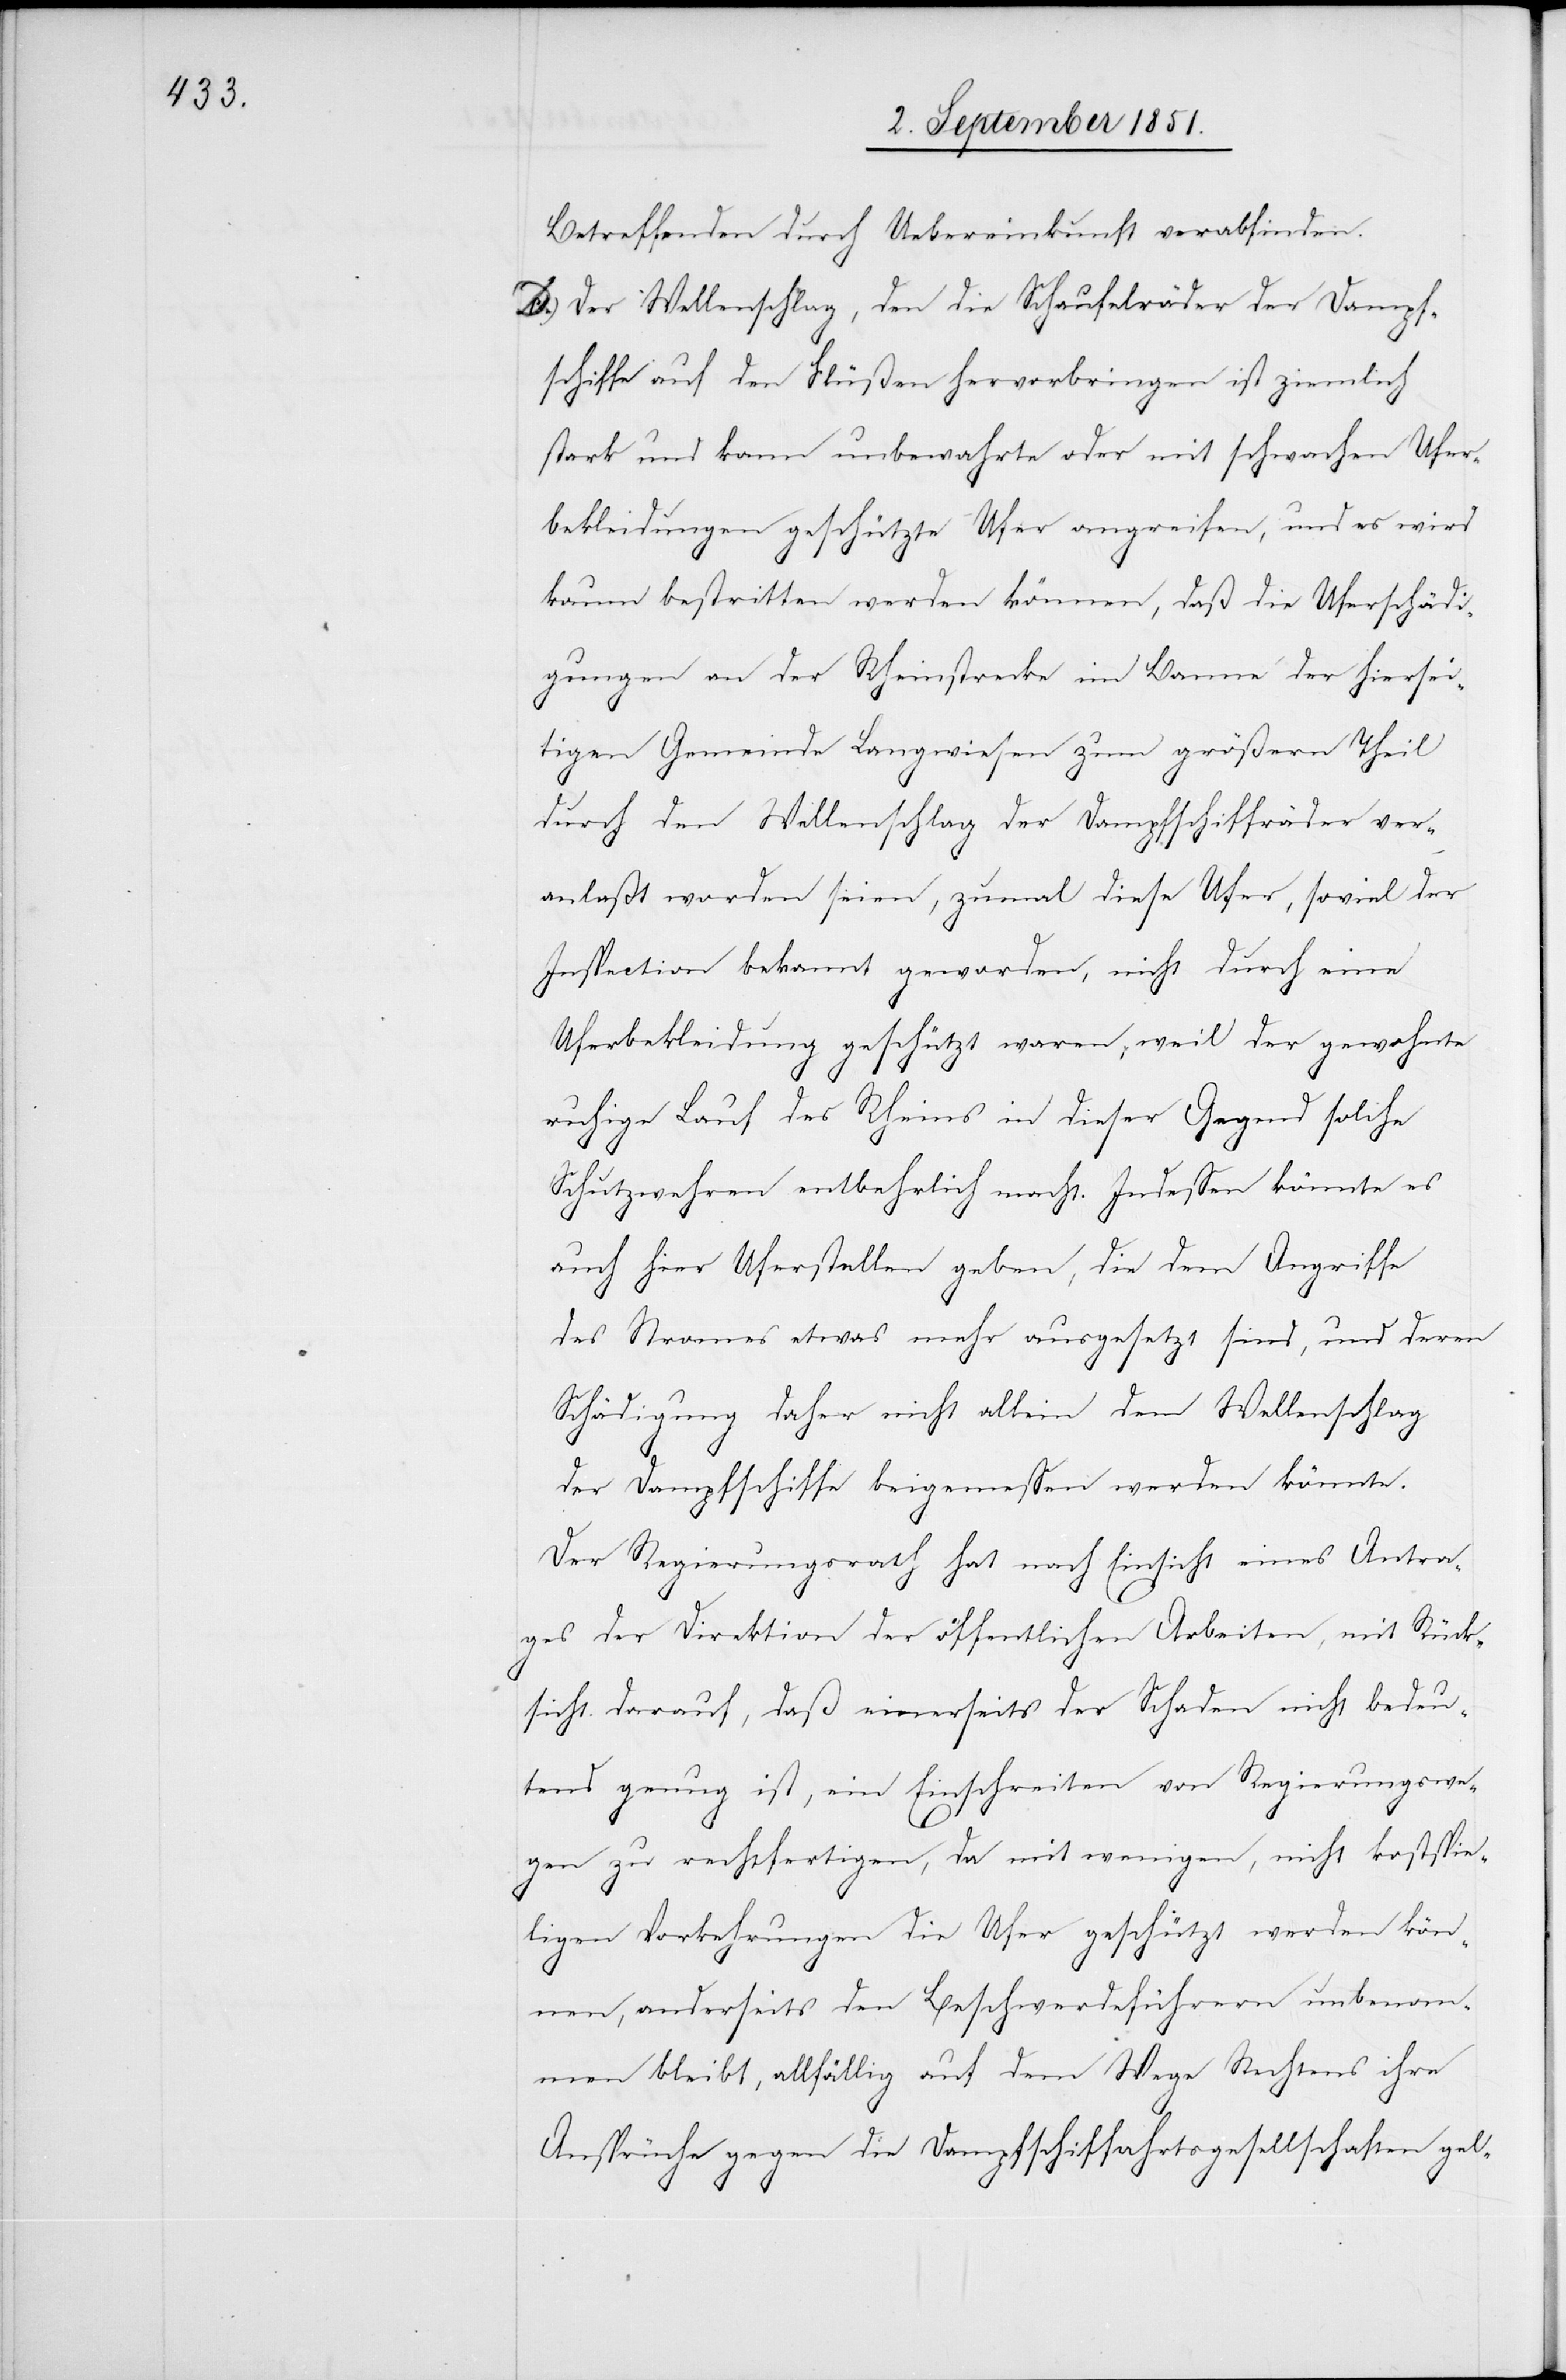
Betreffenden durch Uebereinkunft verabfinden.
D.) Der Wellenschlag, den die Schaufelräder der Dampf¬
schiffe auf den Flüßen hervorbringen ist ziemlich
stark und kann unbewahrte oder mit schwachen Ufer¬
bekleidungen geschützte Ufer angreifen, und es wird
kaum bestritten werden können, daß die Uferschädi¬
gungen an der Rheinstrecke im Banne der hiersei¬
tigen Gemeinde Langwiesen zum größern Theil
durch den Wellenschlag der Dampfschiffräder ver¬
anlaßt worden seien, zumal diese Ufer, soviel der
Inspection bekannt geworden, nicht durch eine
Uferbekleidung geschützt waren, weil der gewohnte
ruhige Lauf des Rheins in dieser Gegend solche
Schutzwehren entbehrlich macht. Indessen könnte es
auch hier Uferstellen geben, die dem Angriffe
des Stromes etwas mehr ausgesetzt sind, und deren
Schädigung daher nicht allein dem Wellenschlag
der Dampfschiffe beigemessen werden könnte.
Der Regierungsrath hat nach Einsicht eines Antra¬
ges der Direktion der öffentlichen Arbeiten, mit Rück¬
sicht darauf, daß einerseits der Schaden nicht bedeu¬
tend genug ist, ein Einschreiten von Regierungswe¬
gen zu rechtfertigen, da mit wenigen, nicht kostspie¬
ligen Vorkehrungen die Ufer geschützt werden kön¬
nen, anderseits den Beschwerdeführern unbenom¬
men bleibt, allfällig auf dem Wege Rechtens ihre
Ansprüche gegen die Dampfschiffahrtsgesellschaften gel-